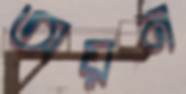
অয়ন